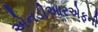
એનડીઆરએફની